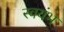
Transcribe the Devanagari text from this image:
स्वयंभ